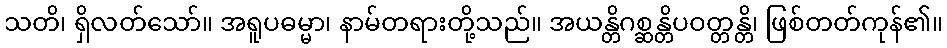
သတိ၊ ရှိလတ်သော်။ အရူပဓမ္မာ၊ နာမ်တရားတို့သည်။ အယန္တိဂစ္ဆန္တိပဝတ္တန္တိ၊ ဖြစ်တတ်ကုန်၏။